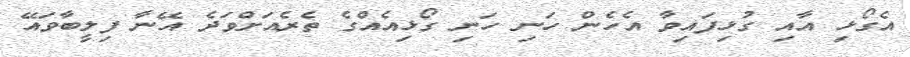
އެގޯޅި އާއި ގުޅިފައިވާ އެހެން ހަނި ހަނި ގޯޅިއެއްގެ ތެރެއަށްވަދެ އޭނާ ފިލީބާވައޭ